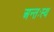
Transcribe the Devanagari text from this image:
अन्तःस्थ